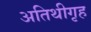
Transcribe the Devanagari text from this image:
अतिथीगृह